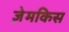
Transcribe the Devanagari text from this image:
ज़ेमकिस